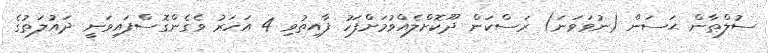
ސުލްޠާން ޙަސަން (ނުވަވަނަ) ރަސްކަން ދޫކޮށްލެއްވުމަށްފަހު ފާއިތުވި 4 އަހަރު ވެގެންގޮސްފައިވަނީ ދައުލަތުގެ